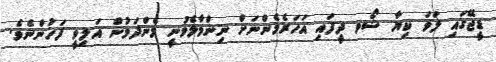
ޑީޖޭގައި ލަވަ ކިޔާ ޝޯވ ދީފައި އަހަރެމެންނަށް ނިންމާލެވުނީ މެންދަމުން އަލިވީ ފަހުންނެވެ.